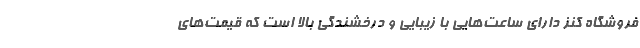
فروشگاه کنز دارای ساعت‌هایی با زیبایی و درخشندگی بالا است که قیمت‌های